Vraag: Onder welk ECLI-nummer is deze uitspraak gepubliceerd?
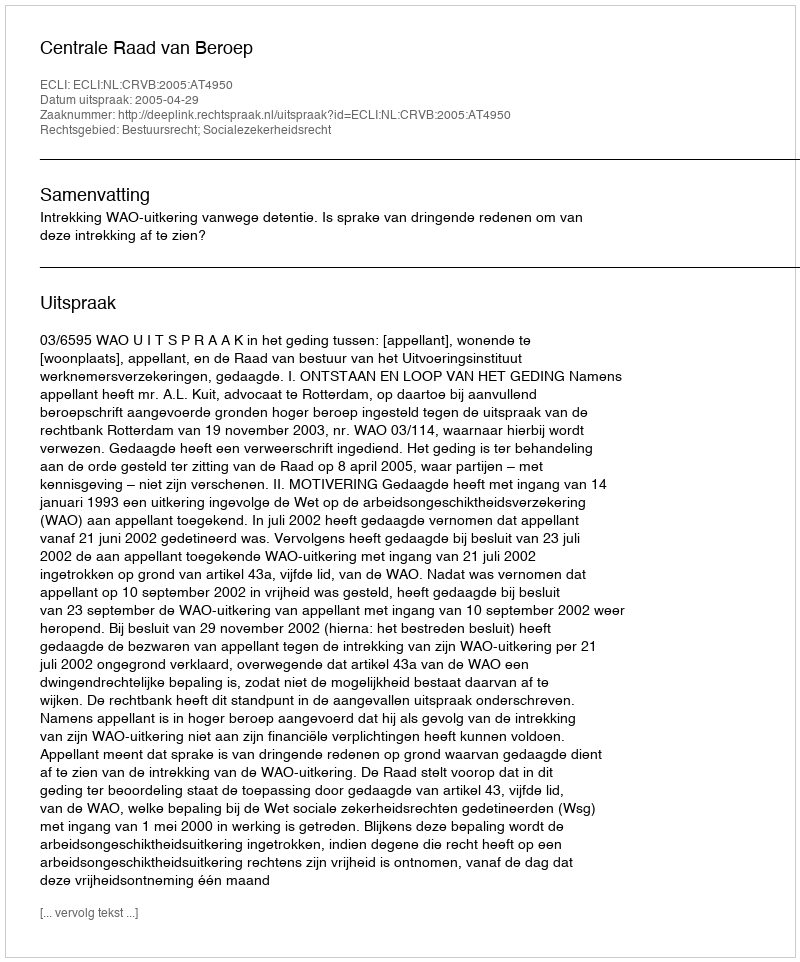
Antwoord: ECLI:NL:CRVB:2005:AT4950